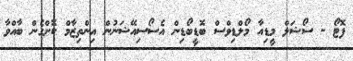
ފޮޓޯ - ސޯޝަލް މީޑިއާ މޯލްޑިވްސް ބޮޑީބޯޑިން އެސޯސިއޭޝަނުން އިންތިޒާމް ކޮށްގެން ބާއްވާ